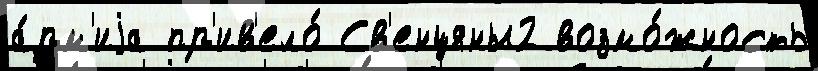
а́рм'иjа пр'ив'ело́ Св'енцяны2 возмо́жность